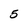
Character: 5